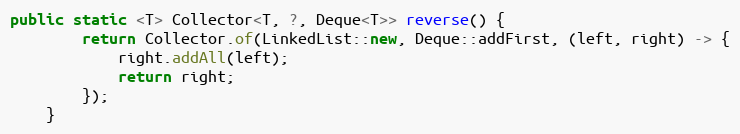
Language: Java
public static <T> Collector<T, ?, Deque<T>> reverse() {
        return Collector.of(LinkedList::new, Deque::addFirst, (left, right) -> {
            right.addAll(left);
            return right;
        });
    }